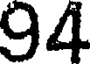
94